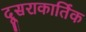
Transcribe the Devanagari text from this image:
दूसराकार्तिक